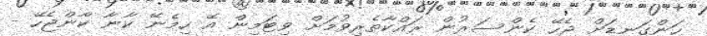
ހަންގަނޑަށް ޖެހޭ ކެންސަރުން ރައްކާތެރިވުމަށް ވިޓަމިން އޭ ހިމެނޭ ކާނާ ކާންޖެހޭ -